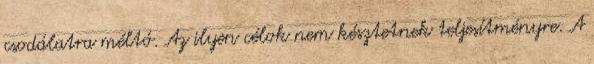
csodálatra méltó. Az ilyen célok nem késztetnek teljesítményre. A